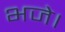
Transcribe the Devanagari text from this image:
भजे।